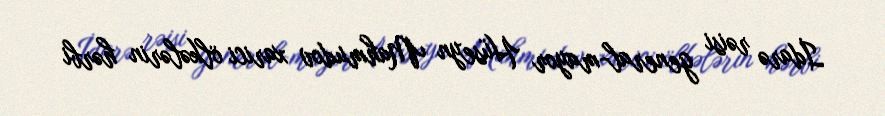
İdarə rəisi general-mayor Hüseyn Mahmudov xarici ölkələrin hərbi